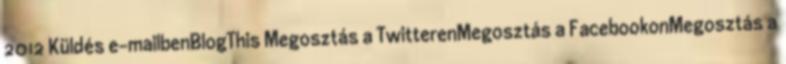
2012 Küldés e-mailbenBlogThis Megosztás a TwitterenMegosztás a FacebookonMegosztás a